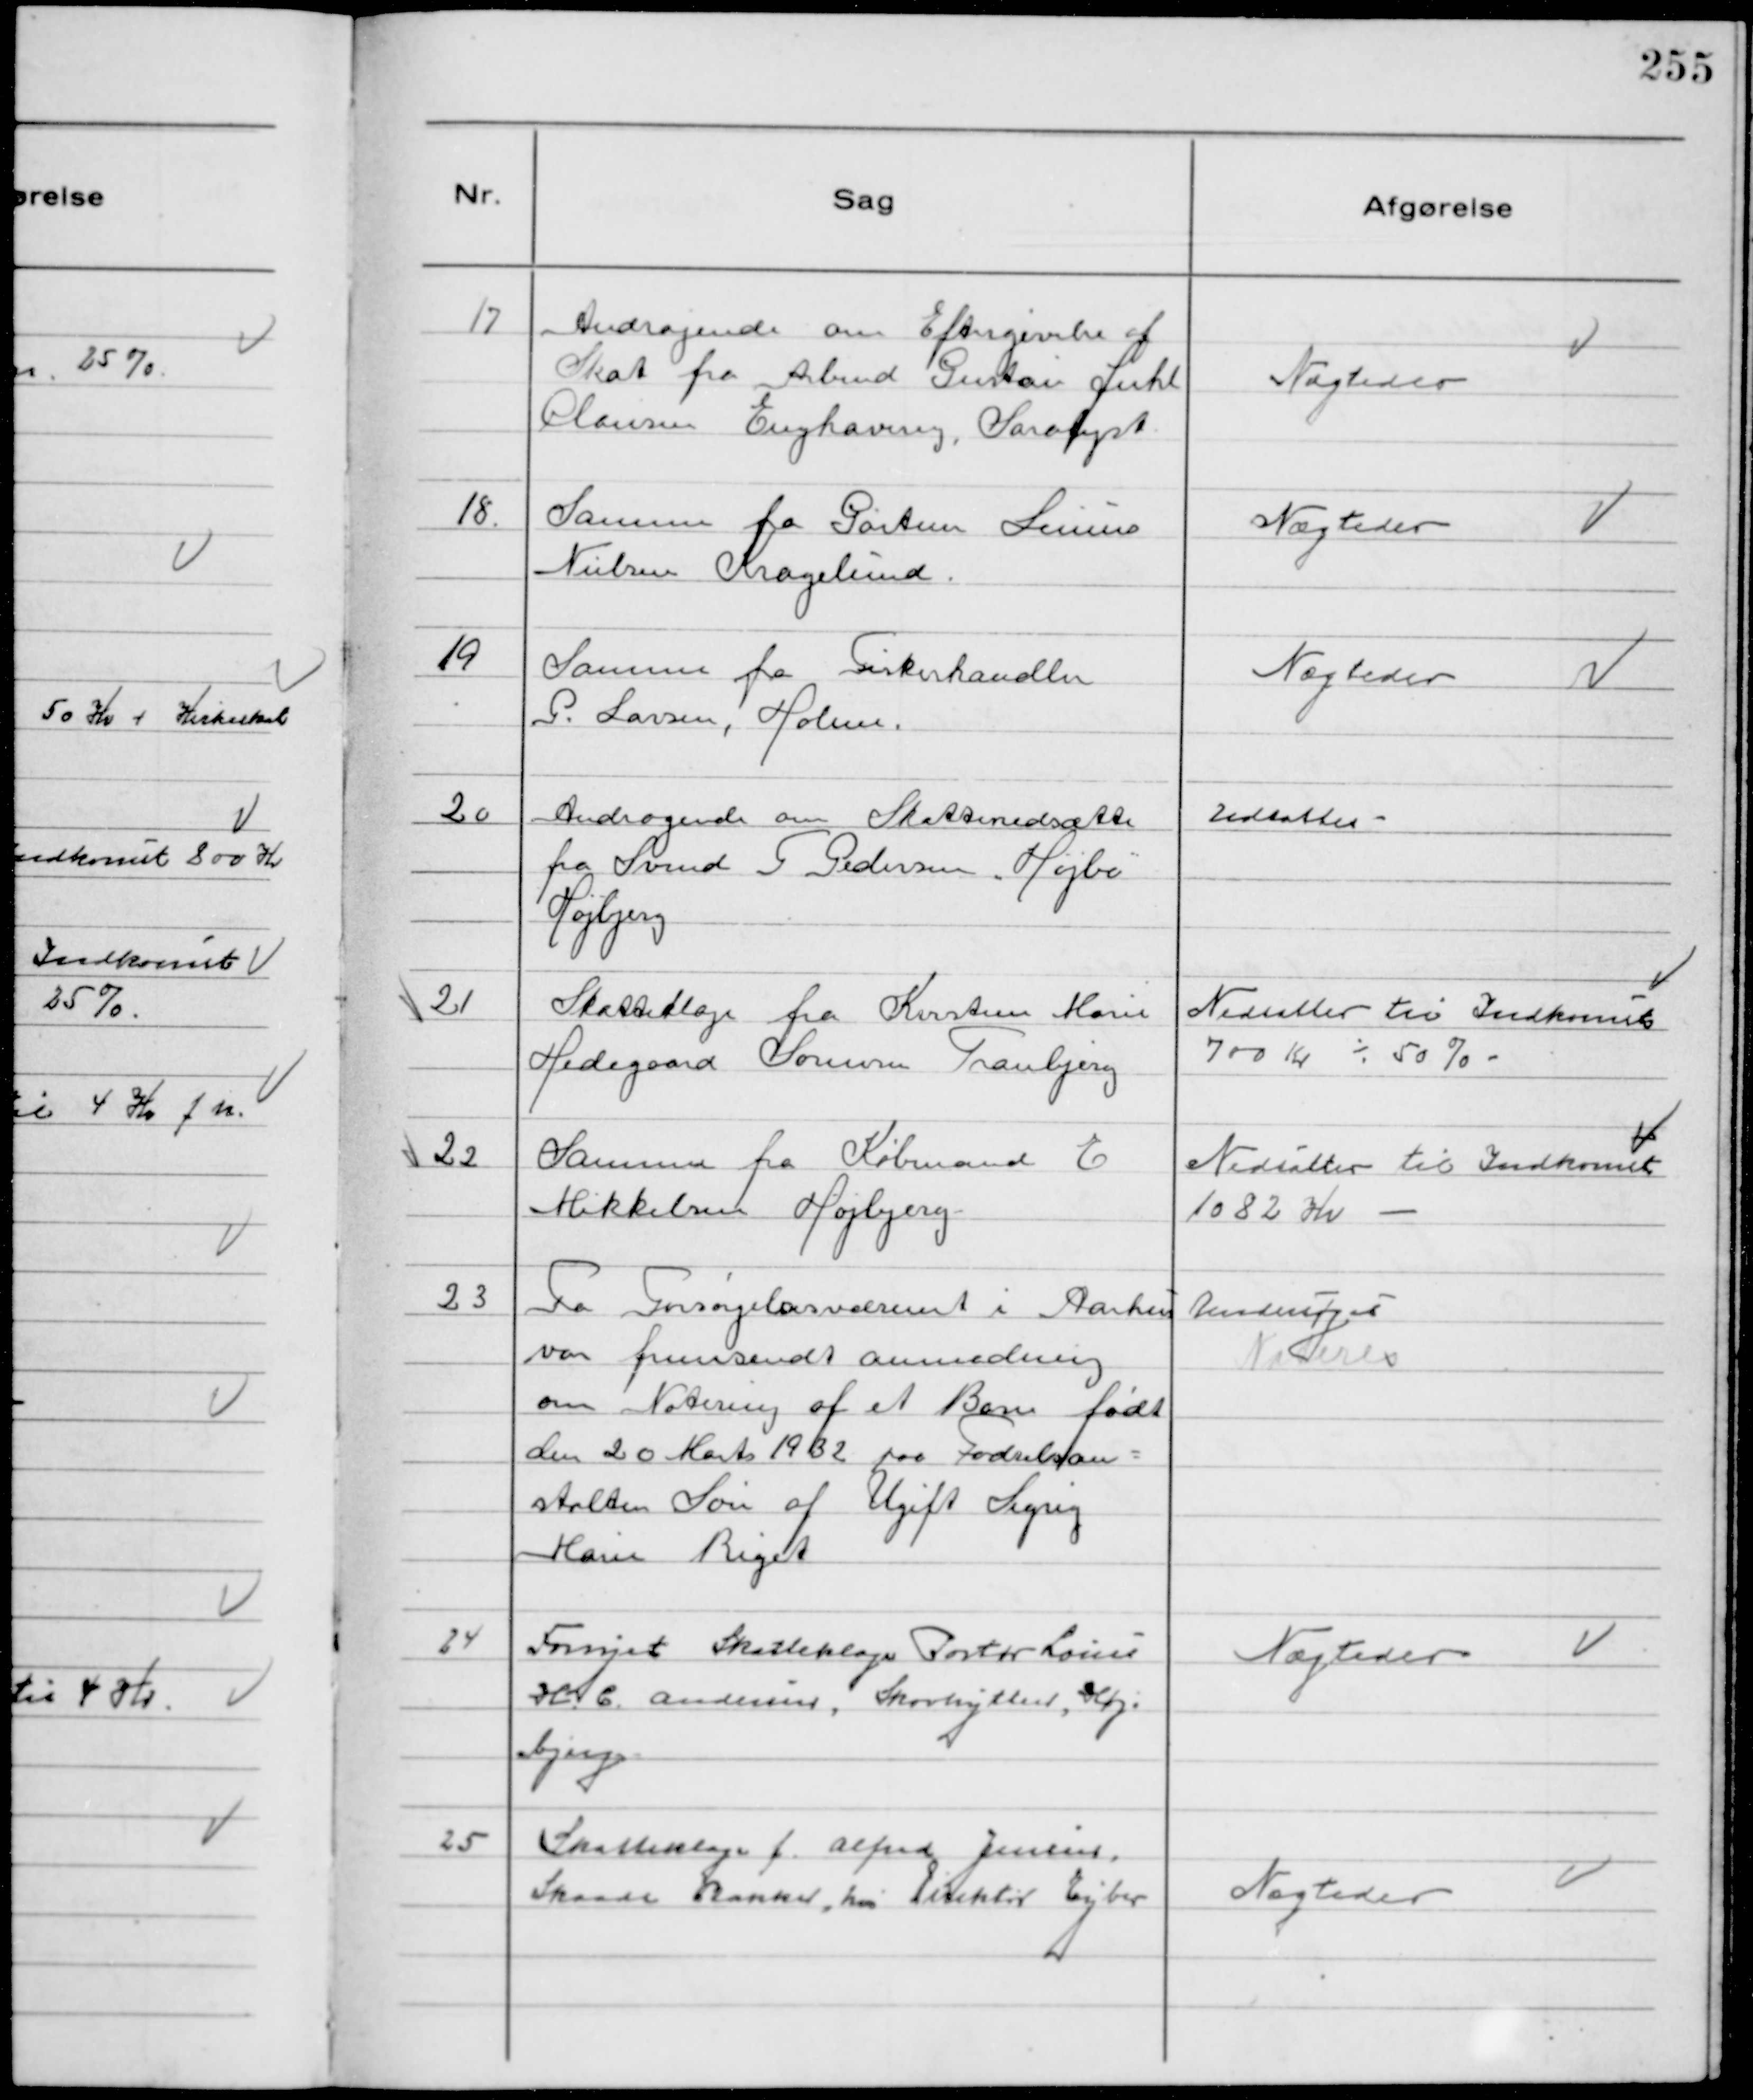
Transskription:
17
Andragende om Eftergivelse af
Skat fra Arbmd Gustav Juhl
Clausen Enghavevej, Saralyst

Nægtedes

18.
Samme fra Gartner Linus
Nielsen Kragelund.

Nægtedes

19
Samme fra Fiskerhandler
P. Larsen, Holme.

Nægtedes

20
Andragende om Skattenedsætte
fra Svend T Pedersen "Højbo"
Højbjerg

Udsattes

21
Skatteklage fra Kirstine Marie
Hedegaard Sørensen Tranbjerg

Nedsattes til Indkomst
700 Kr ÷ 50%

22
Samme fra Købmand E
Mikkelsen Højbjerg

Nedsattes til Indkomst
1082 Kr

23
Fra Forsørgelsesvæsenet i Aarhus
var fremsendt anmodning
om Notering af et Barn født
den 20 Marts 1932 paa Fødselsan-
stalten Søn af Ugift Sigrig
Marie Riget

Undersøges
Noteres

24
Fornyet Skatteklage Portør Louis
H. C. Andersen, Skovhytten, Høj-
bjerg

Nægtedes

25
Skatteklage f. Alfred Jensen
Skaade bakker, hos Direktør Eyber

Nægtedes